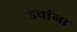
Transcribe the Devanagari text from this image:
डचांना